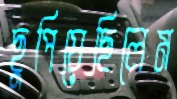
ছুপিয়েছিলেম